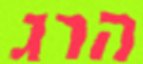
הרג